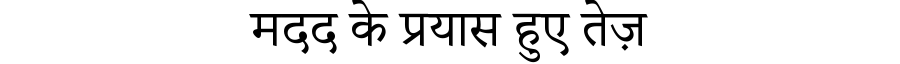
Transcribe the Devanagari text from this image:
मदद के प्रयास हुए तेज़